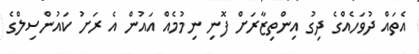
އެތައް ދުވަހެއްގެ ދިގު އިންތިޒާރަށް ފޮނި ނިމުމެއް އައުން އެ ރަށު ކައުންސިލްގެ